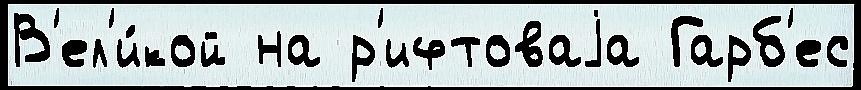
В'ел'и́кой на р'ифтоваjа Гарб'ес